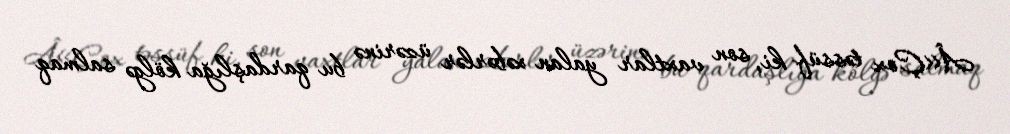
Â«Çox təssüf ki, son vaxtlar yalan xəbərlər üzərinə bu qardaşlığa kölgə salmaq